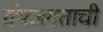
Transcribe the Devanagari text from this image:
ग्रंथजगताची